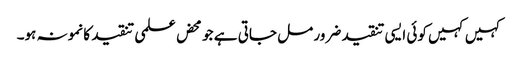
کہیں کہیں کوئی ایسی تنقید ضرور مل جاتی ہے جو محض علمی تنقید کا نمونہ ہو۔